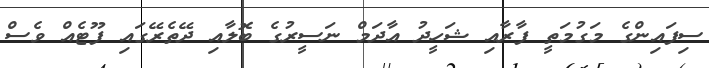
ސިފައިންގެ މަގުމަތީ ފާރާއި ޝަހީދު އާދަމް ނަސީރުގެ ބޮލާއި ދޭތެރޭގައި ފޫޓެއް ވެސް